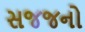
સજજનો